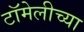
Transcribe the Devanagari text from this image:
टॉमेलीच्या